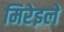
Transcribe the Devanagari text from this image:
मिरेइले